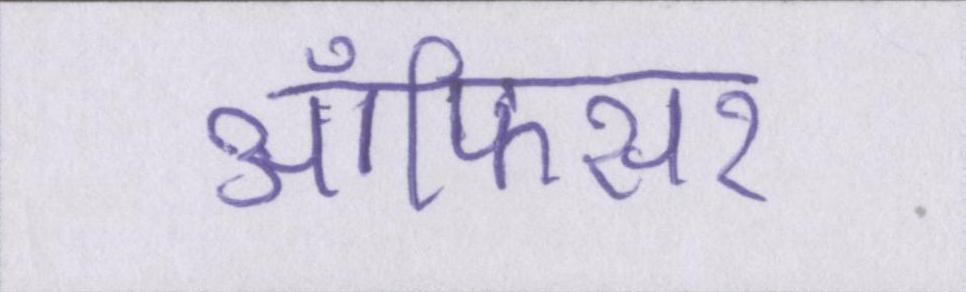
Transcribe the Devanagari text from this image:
ऑफिसर